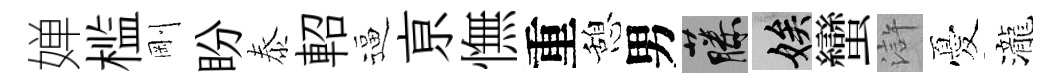
婵槛剛盼泰軺逼亰憮重憩男藤娭蠻滸憂瀧